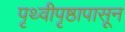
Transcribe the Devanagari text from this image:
पृथ्वीपृष्ठापासून